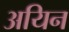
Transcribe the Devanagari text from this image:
अयिन